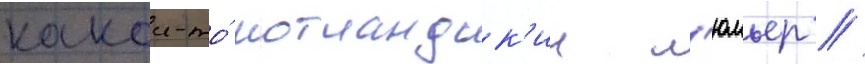
какои-то́ шотландск'ии л'юмьер //